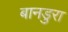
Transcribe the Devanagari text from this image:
बानडुरा